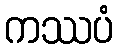
ကဿပံ